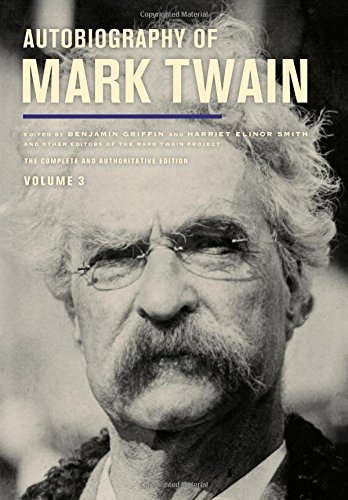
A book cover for Autobiography of Mark Twain, Volume 3: The Complete and Authoritative Edition (Mark Twain Papers); Mark Twain; Literature & Fiction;